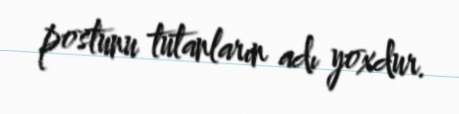
postunu tutanların adı yoxdur.